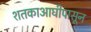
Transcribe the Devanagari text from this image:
शतकाआघीपासून